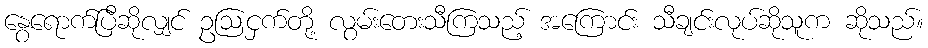
နွေရောက်ပြီဆိုလျှင် ဥဩငှက်တို့ လွမ်းတေးသီကြသည့် အကြောင်း သီချင်းလုပ်ဆိုသူက ဆိုသည်။